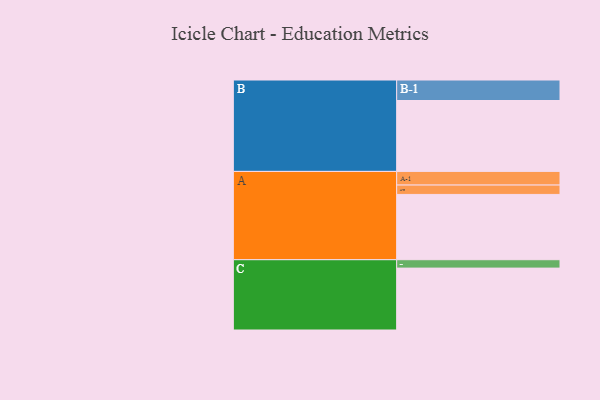
{"axis": {"x": "Segment", "y": "Value"}, "legend": ["", "A", "B", "C"], "data": [{"x": "A", "y": 522, "type": ""}, {"x": "B", "y": 567, "type": ""}, {"x": "C", "y": 495, "type": ""}, {"x": "A-1", "y": 109, "type": "A"}, {"x": "A-2", "y": 75, "type": "A"}, {"x": "B-1", "y": 164, "type": "B"}, {"x": "C-1", "y": 67, "type": "C"}]}